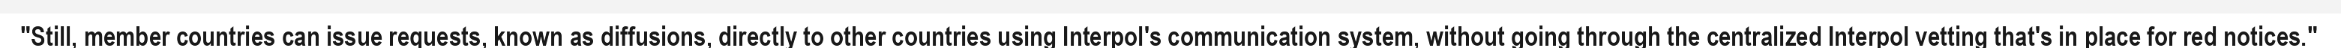
"Still, member countries can issue requests, known as diffusions, directly to other countries using Interpol's communication system, without going through the centralized Interpol vetting that's in place for red notices."